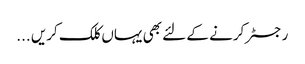
رجسٹر کرنے کے لئے بھی یہاں کلک کریں ...